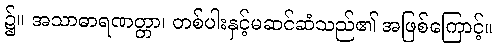
၌။ အသာဓာရဏတ္တာ၊ တစ်ပါးနှင့်မဆင်ဆံသည်၏ အဖြစ်ကြောင့်။